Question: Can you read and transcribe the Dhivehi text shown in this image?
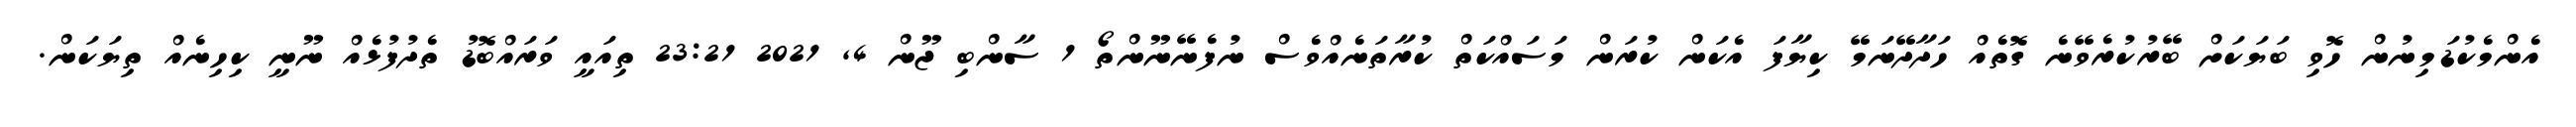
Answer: އެންމެކުޑަމިނުން ހޮވި ބަޔަކަށް ބޭރުކުރެވޭނެ ގޮތެއް ހަދާދޭނަމޭ ކިޔާފަ އެކަން ކުރަން މަސައްކަތް ކުރާތަނެއްވެސް ނުފެނޭނޫންތޯ 1 ސާންބި ޖޫން 4, 2021 23:21 ތިއައީ ވަރައްބޮޑު ތެދުފުޅެއް ނޫނީ ކިހިނެއް ތިޔަކަން.